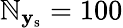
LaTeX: \mathbb{N}_{\mathbf{{y}}_{\mathrm{{s}}}}=100